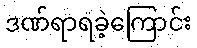
ဒဏ်ရာရခဲ့ကြောင်း